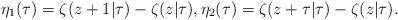
LaTeX: \begin{align*}\eta_{1}(\tau)=\zeta(z+1|\tau)-\zeta(z|\tau),\eta_{2}(\tau)=\zeta(z+\tau|\tau)-\zeta(z|\tau). \end{align*}